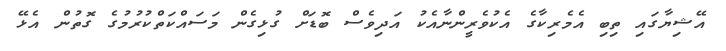
އޭޝިޔާގައި ތިބި އެމެރިކާގެ އެކުވެރީންނާއެކު އަދިވެސް ބޮޑަށް ގުޅިގެން މަސައްކަތްކުރުމުގެ ގޮތުން އެޅޭ